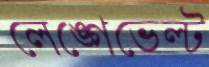
লেঙ্গেভেল্ট